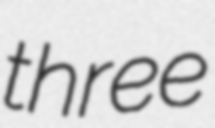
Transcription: three